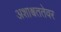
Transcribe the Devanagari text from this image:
अशाश्वततेवर